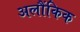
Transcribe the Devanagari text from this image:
अलौंकिक